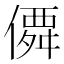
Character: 僲